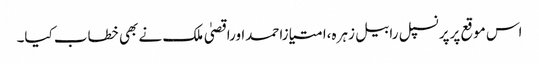
اس موقع پرپرنسپل رابیل زہرہ،امتیازاحمداوراقصیٰ ملک نے بھی خطاب کیا۔